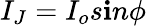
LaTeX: I_{J}=I_{o}s\mathbf{i}n\phi